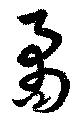
矞